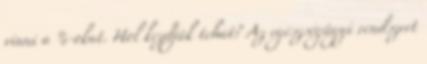
vinni a %-okat. Hol kezdjük tehát? Az egészségügyi rendszert